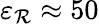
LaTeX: \varepsilon_{\mathcal{R}}\approx50